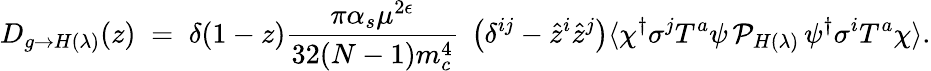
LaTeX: D_{g\to H(\lambda)}(z)\; =\; \delta(1-z){\frac{\pi\alpha_{s}\mu^{2\epsilon}}{32(N-1)m_{c}^{4}}}\; \left(\delta^{ij}-{\hat{z}}^{i}{\hat{z}}^{j}\right)\langle\chi^{\dagger}\sigma^{j}T^{a}\psi\, {\cal P}_{H(\lambda)}\, \psi^{\dagger}\sigma^{i}T^{a}\chi\rangle.